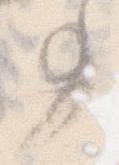
事